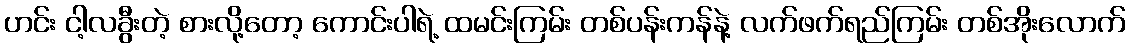
ဟင်း ငါ့လခွီးတဲ့ စားလို့တော့ ကောင်းပါရဲ့ ထမင်းကြမ်း တစ်ပန်းကန်နဲ့ လက်ဖက်ရည်ကြမ်း တစ်အိုးလောက်